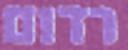
רדום